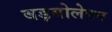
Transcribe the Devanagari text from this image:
बड़बोलेपन